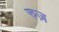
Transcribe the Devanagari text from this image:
रुज़